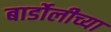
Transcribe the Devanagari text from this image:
बार्डोलीच्या